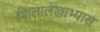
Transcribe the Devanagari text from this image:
शिलालेखाभ्यास